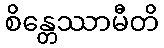
စိန္တေဿာမီတိ